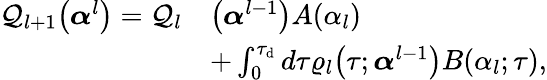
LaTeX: \begin{array}{rl}{\mathcal{Q}_{l+1}\big(\boldsymbol{\alpha}^{l}\big)=\mathcal{Q}_{l}}&{\big(\boldsymbol{\alpha}^{l-1}\big)A(\alpha_{l})}\\ &{+\int_{0}^{\tau_{\mathrm{d}}}d\tau\varrho_{l}\big(\tau;\boldsymbol{\alpha}^{l-1}\big)B(\alpha_{l};\tau),}\end{array}